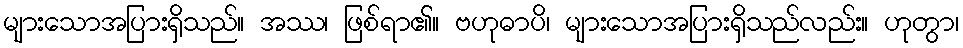
များသောအပြားရှိသည်။ အဿ၊ ဖြစ်ရာ၏။ ဗဟုဓာပိ၊ များသောအပြားရှိသည်လည်း။ ဟုတွာ၊